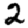
Digit: 2